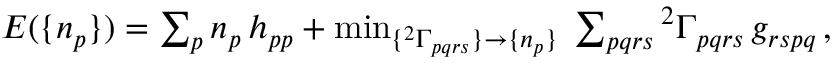
\begin{array} { r } { E ( \{ n _ { p } \} ) = \sum _ { p } n _ { p } \, h _ { p p } + \operatorname* { m i n } _ { \{ { ^ { 2 } \Gamma _ { p q r s } } \} \to \{ n _ { p } \} } \; \sum _ { p q r s } { ^ { 2 } \Gamma } _ { p q r s } \, g _ { r s p q } \, , } \end{array}